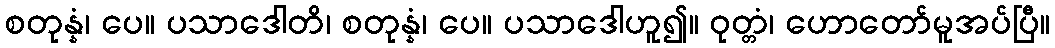
စတုန္နံ၊ ပေ။ ပသာဒေါတိ၊ စတုန္နံ၊ ပေ။ ပသာဒေါဟူ၍။ ဝုတ္တံ၊ ဟောတော်မူအပ်ပြီ။